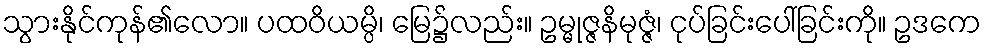
သွားနိုင်ကုန်၏လော။ ပထဝိယမ္ပိ၊ မြေ၌လည်း။ ဥမ္မုဇ္ဇနိမုဇ္ဇံ၊ ငုပ်ခြင်းပေါ်ခြင်းကို။ ဥဒကေ